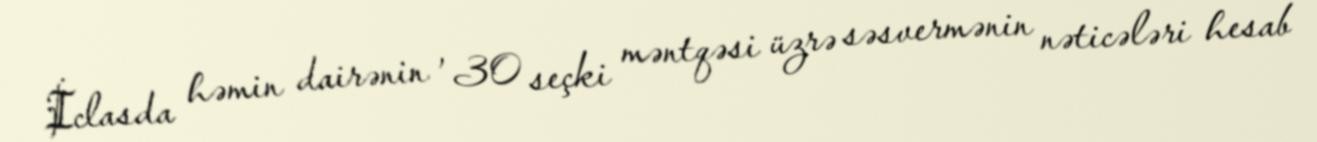
İclasda həmin dairənin , 30 seçki məntqəsi üzrə səsvermənin nəticələri hesab